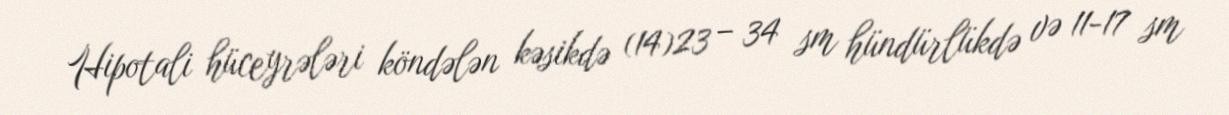
Hipotali hüceyrələri köndələn kəsikdə (14)23 – 34 sm hündürlükdə və 11-17 sm